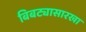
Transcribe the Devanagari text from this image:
बिबट्यासारखा